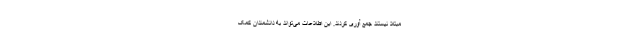
مبتلا نیستند جمع آوری کردند. این اطلاعات می‌تواند به دانشمندان کمک